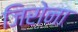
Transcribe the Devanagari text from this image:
जिरोना